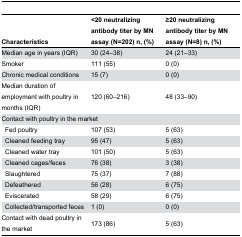
| Characteristics | <20 neutralizing antibody titer by MN assay (N=202) n, (%) | ≥20 neutralizing antibody titer by MN assay (N=8) n, (%) |
 | --- | --- | --- |
 | Median age in years (IQR) | 30 (24–38) | 24 (21–33) |
 | Smoker | 111 (55) | 0 (0) |
 | Chronic medical conditions | 15 (7) | 0 (0) |
 | Median duration of employment with poultry in months (IQR) | 120 (60–216) | 48 (33–90) |
 | <COLSPAN=3> Contact with poultry in the market |
 | Fed poultry | 107 (53) | 5 (63) |
 | Cleaned feeding tray | 95 (47) | 5 (63) |
 | Cleaned water tray | 101 (50) | 5 (63) |
 | Cleaned cages/feces | 76 (38) | 3 (38) |
 | Slaughtered | 75 (37) | 7 (88) |
 | Defeathered | 56 (28) | 6 (75) |
 | Eviscerated | 58 (29) | 6 (75) |
 | Collected/transported feces | 1 (0) | 0 (0) |
 | Contact with dead poultry in the market | 173 (86) | 5 (63) |